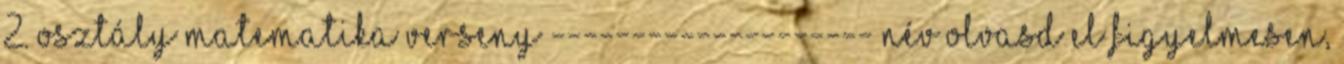
2. osztály MATEMATIKA VERSENY -------------------- név Olvasd el figyelmesen,